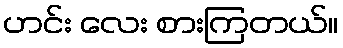
ဟင်း လေး စားကြတယ်။